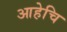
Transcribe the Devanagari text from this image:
आहेचि